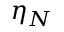
\eta _ { N }